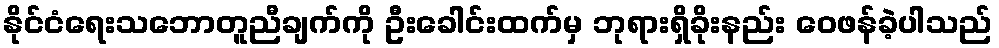
နိုင်ငံရေးသဘောတူညီချက်ကို ဦးခေါင်းထက်မှ ဘုရားရှိခိုးနည်း ဝေဖန်ခဲ့ပါသည်